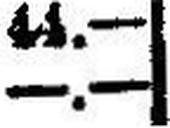
—.—